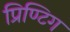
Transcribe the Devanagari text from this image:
प्रिण्टिग